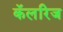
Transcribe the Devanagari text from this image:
कॅलरिज